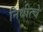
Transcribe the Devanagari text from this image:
निधीत्चे